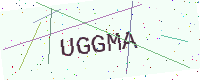
Text: UGGMA